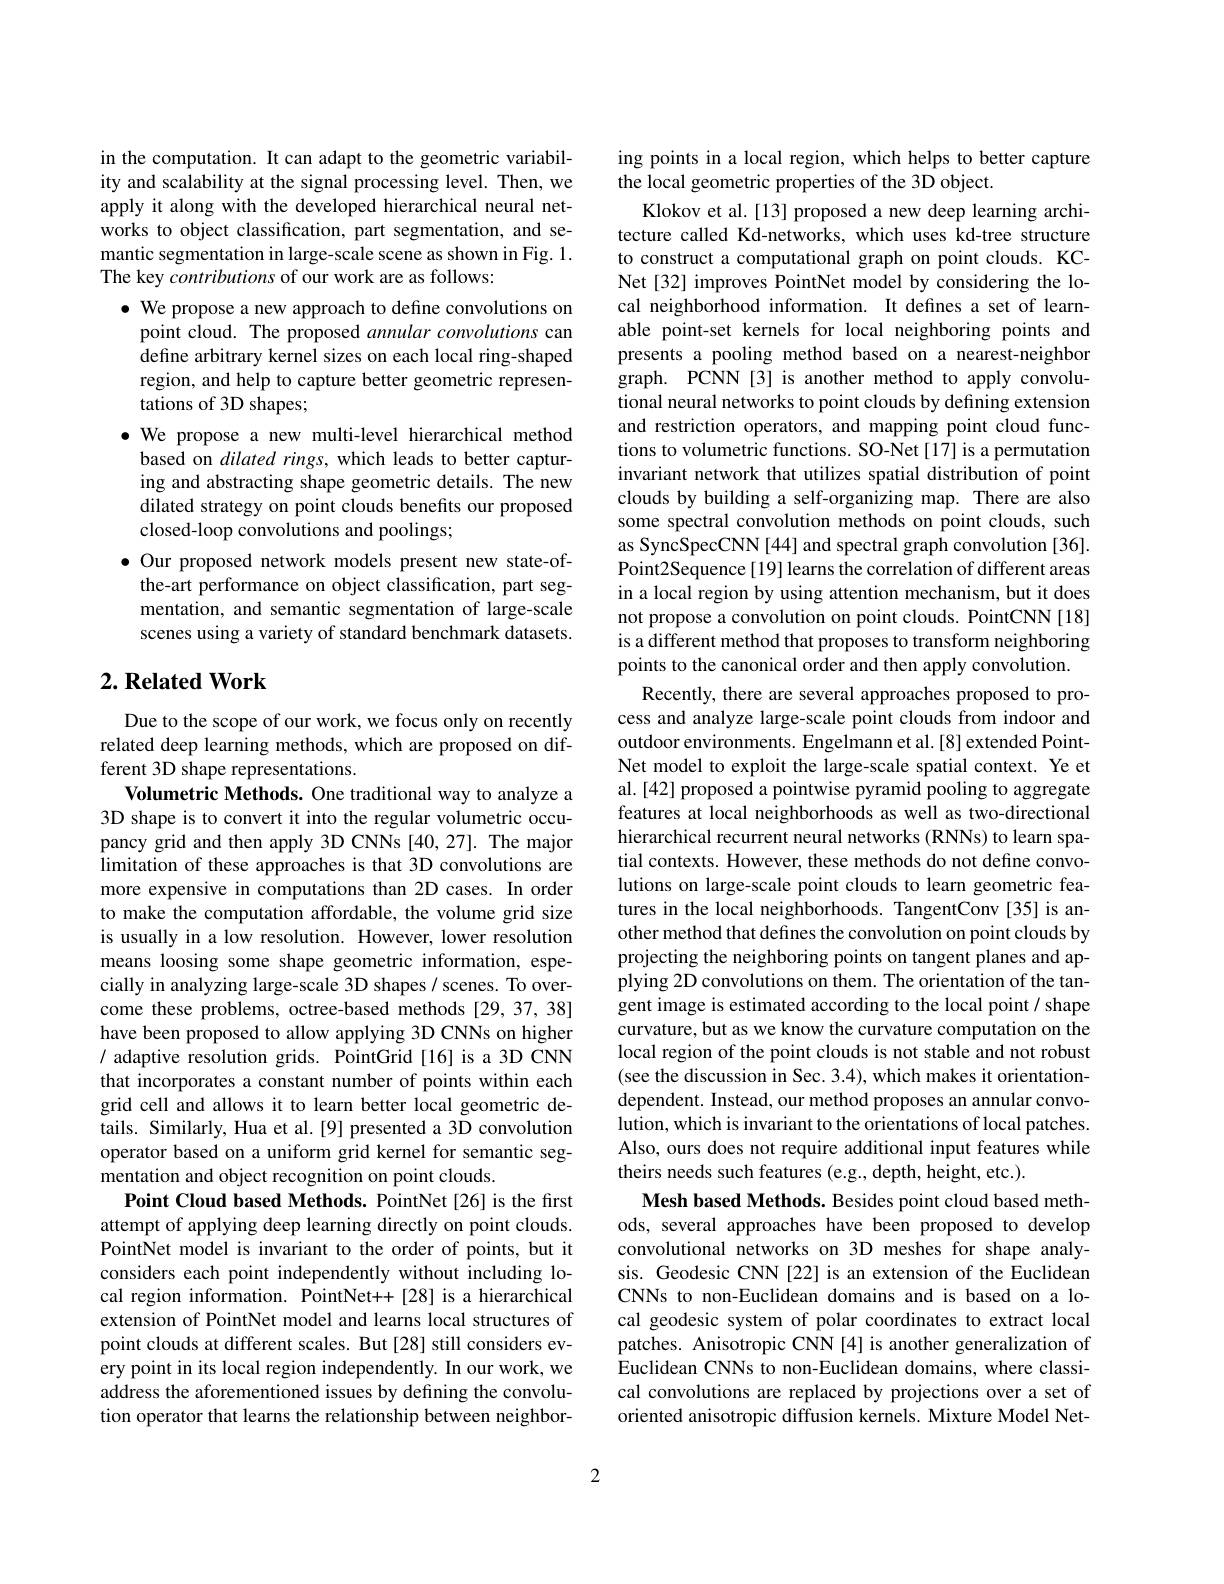
in the computation. It can adapt to the geometric variability and scalability at the signal processing level. Then, we apply it along with the developed hierarchical neural networks to object classification, part segmentation, and semantic segmentation in large-scale scene as shown in Fig. 1. The key contributions of our work are as follows:
$\bullet$ We propose a new approach to define convolutions on point cloud. The proposed annular convolutions can define arbitrary kernel sizes on each local ring-shaped region, and help to capture better geometric representations of 3D shapes;
$\bullet$ We propose a new multi-level hierarchical method based on dilated rings, which leads to better capturing and abstracting shape geometric details. The new dilated strategy on point clouds benefits our proposed closed-loop convolutions and poolings;
$\bullet$ Our proposed network models present new state-ofthe-art performance on object classification, part segmentation, and semantic segmentation of large-scale scenes using a variety of standard benchmark datasets.

## $2. \textbf{Related Work}$

Due to the scope of our work, we focus only on recently related deep learning methods, which are proposed on different 3D shape representations.
Volumetric Methods. One traditional way to analyze a 3D shape is to convert it into the regular volumetric occupancy grid and then apply 3D CNNs [40,27]. The major limitation of these approaches is that 3D convolutions are more expensive in computations than 2D cases. In order to make the computation affordable, the volume grid size is usually in a low resolution. However, lower resolution means loosing some shape geometric information, especially in analyzing large-scale 3D shapes / scenes. To overcome these problems, octree-based methods [29,37,38] have been proposed to allow applying 3D CNNs on higher / adaptive resolution grids. PointGrid[16] is a 3D CNN that incorporates a constant number of points within each grid cell and allows it to learn better local geometric details. Similarly, Hua et al.[9] presented a 3D convolution operator based on a uniform grid kernel for semantic segmentation and object recognition on point clouds.
Point Cloud based Methods. PointNet [26] is the first attempt of applying deep learning directly on point clouds. PointNet model is invariant to the order of points, but it considers each point independently without including local region information. PointNet++[28] is a hierarchical extension of PointNet model and learns local structures of point clouds at different scales. But [28] still considers every point in its local region independently. In our work, we address the aforementioned issues by defining the convolution operator that learns the relationship between neighbor-

ing points in a local region, which helps to better capture
the local geometric properties of the 3D object.
Klokov et al.[13] proposed a new deep learning architecture called Kd-networks, which uses kd-tree structure to construct a computational graph on point clouds. KCNet [32] improves PointNet model by considering the local neighborhood information. It defines a set of learnable point-set kernels for local neighboring points and presents a pooling method based on a nearest-neighbor graph. PCNN[3] is another method to apply convolutional neural networks to point clouds by defining extension and restriction operators, and mapping point cloud functions to volumetric functions. SO-Net[17] is a permutation invariant network that utilizes spatial distribution of point clouds by building a self-organizing map. There are also some spectral convolution methods on point clouds, such as SyncSpecCNN[44] and spectral graph convolution [36]. Point2Sequence[19] learns the correlation of different areas in a local region by using attention mechanism, but it does not propose a convolution on point clouds. PointCNN[18] is a different method that proposes to transform neighboring points to the canonical order and then apply convolution.
Recently, there are several approaches proposed to process and analyze large-scale point clouds from indoor and outdoor environments. Engelmann et al.[8] extended PointNet model to exploit the large-scale spatial context. Ye et al.[42] proposed a pointwise pyramid pooling to aggregate features at local neighborhoods as well as two-directional hierarchical recurrent neural networks (RNNs) to learn spatial contexts. However, these methods do not define convolutions on large-scale point clouds to learn geometric features in the local neighborhoods. TangentConv [35] is another method that defines the convolution on point clouds by projecting the neighboring points on tangent planes and applying 2D convolutions on them. The orientation of the tangent image is estimated according to the local point/ shape curvature, but as we know the curvature computation on the local region of the point clouds is not stable and not robust (see the discussion in Sec. 3.4), which makes it orientationdependent. Instead, our method proposes an annular convolution, which is invariant to the orientations of local patches. Also, ours does not require additional input features while theirs needs such features (e.g., depth, height, etc.).
Mesh based Methods. Besides point cloud based methods, several approaches have been proposed to develop convolutional networks on 3D meshes for shape analysis. Geodesic CNN [22] is an extension of the Euclidean CNNs to non-Euclidean domains and is based on a local geodesic system of polar coordinates to extract local patches. Anisotropic CNN [4] is another generalization of Euclidean CNNs to non-Euclidean domains, where classical convolutions are replaced by projections over a set of oriented anisotropic diffusion kernels. Mixture Model Net-

2